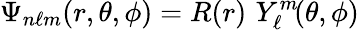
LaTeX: \Psi_{n\ell m}(r,\theta,\phi)=R(r)\, \, Y_{\ell}^{m}\! (\theta,\phi)